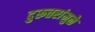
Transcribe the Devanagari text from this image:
दुरूत्तरांमुळे